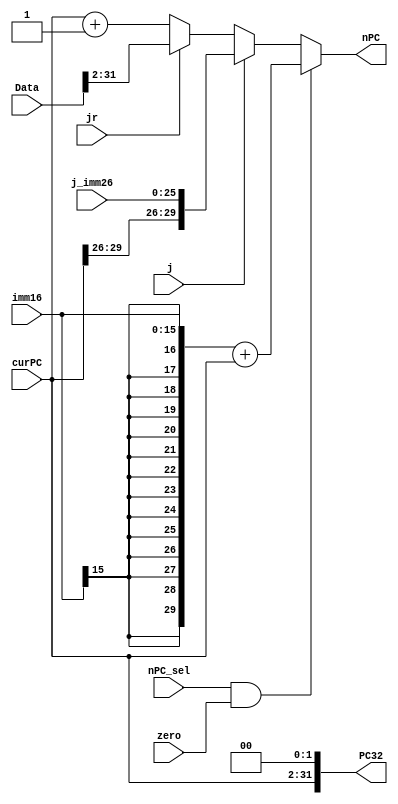
module NPC(curPC, nPC_sel, zero, j, jr, j_imm26, imm16, Data, nPC, PC32);
    input [29:0] curPC;
    input nPC_sel, zero, j, jr;
    input [25:0] j_imm26;
    input [15:0] imm16;
    input [31:0] Data;
    output reg [29:0] nPC;
    output reg [31:0] PC32;

    always@(nPC_sel or zero or j or jr or j_imm26 or Data or imm16 or curPC)
    begin
        PC32 <= {curPC, 2'b00};
        if (nPC_sel && zero)
        begin
            nPC = {{14{imm16[15]}}, imm16} + curPC;
        end
        else if (j)
        begin
            nPC = {curPC[29:26], j_imm26};
        end
        else if (jr)
            nPC = Data[31:2];
        else
            nPC = curPC + 1;
    end
endmodule